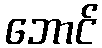
ဘောင်